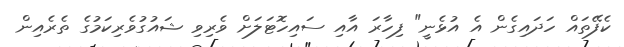
ކެފޭތައް ހަދައިގެން އެ އުޅެނީ" ފިހާރަ އާއި ސައިހޮޓަލަށް ވެރިވި ޝައުގުވެރިކަމުގެ ތެރެއިން